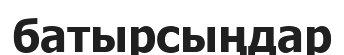
батырсыңдар